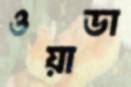
ওয়াডা